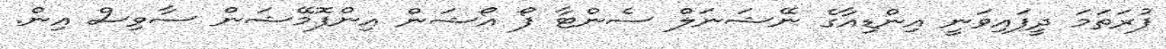
ފުރަތަމަ ދީފައިވަނީ އިންޑިއާގެ ނޭޝަނަލް ސެންޓާ ފޯ އޯޝަން އިންފޮމޭޝަން ސާވިސް އިން.